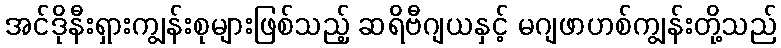
အင်ဒိုနီးရှားကျွန်းစုများဖြစ်သည့် ဆရိဗီဂျယနှင့် မဂျဖာဟစ်ကျွန်းတို့သည်